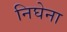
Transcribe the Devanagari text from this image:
निघेना